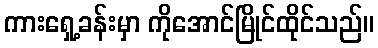
ကားရှေ့ခန်းမှာ ကိုအောင်မြိုင်ထိုင်သည်။